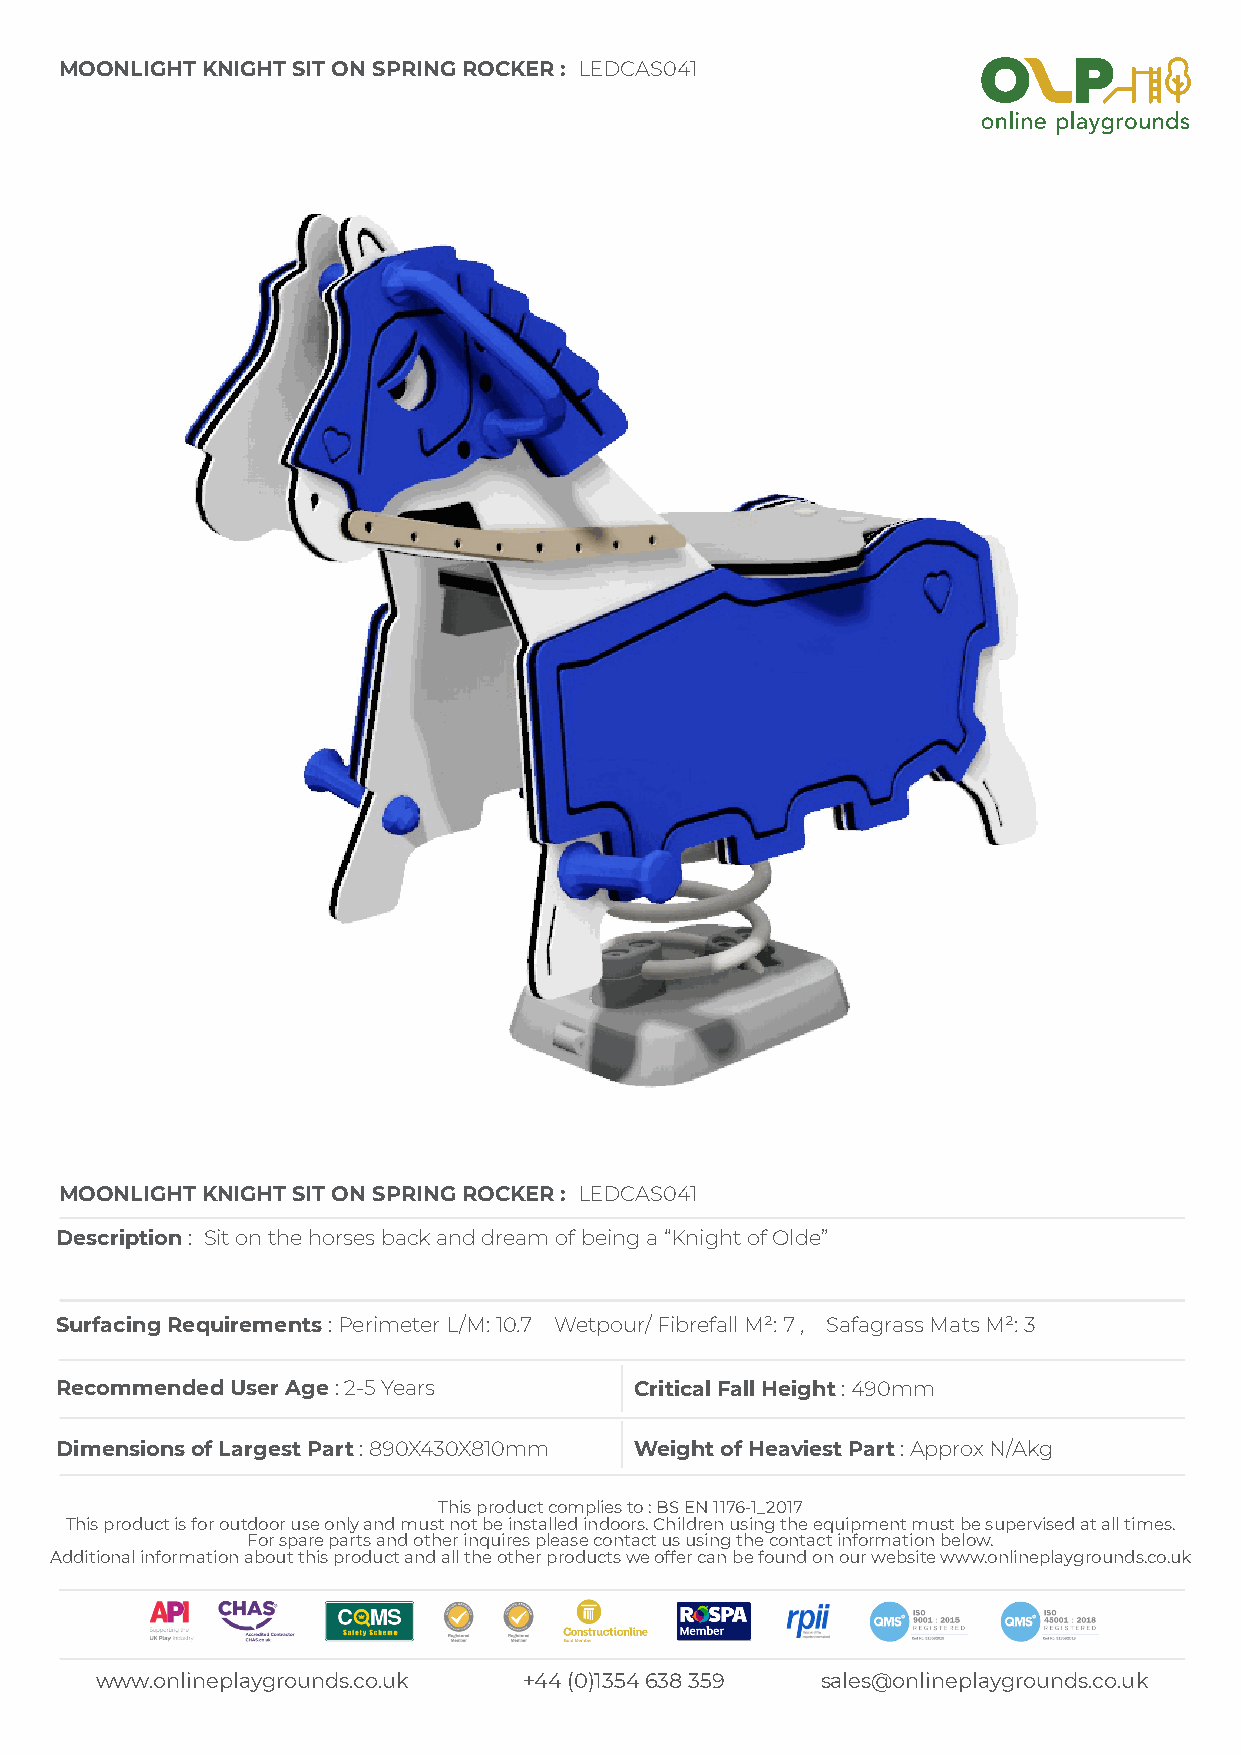
MOONLIGHTKNIGHTSITONSPRINGROCKER: LEDCAS041
 MOONLIGHTKNIGHTSITONSPRINGROCKER: LEDCAS041
 Description: Sitonthehorsesbackanddreamofbeinga“KnightofOlde”
 SurfacingRequirements:PerimeterL/M:10.7 Wetpour/FibrefallM²:7, SafagrassMatsM²:3
 RecommendedUserAge:2-5Years           CriticalFallHeight:490mm
 DimensionsofLargestPart:890X430X810mm WeightofHeaviestPart:ApproxN/Akg
 Thisproductcompliesto:BSEN1176-1_2017
 Thisproductisforoutdooruseonlyandmustnotbeinstalledindoors.Childrenusingtheequipmentmustbesupervisedatalltimes.
 Forsparepartsandotherinquirespleasecontactususingthecontactinformationbelow.
 Additionalinformationaboutthisproductandalltheotherproductsweoffercanbefoundonourwebsitewww.onlineplaygrounds.co.uk
 www.onlineplaygrounds.co.uk  +44(0)1354638359   sales@onlineplaygrounds.co.uk